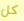
كل